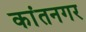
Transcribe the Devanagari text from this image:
कांतनगर